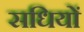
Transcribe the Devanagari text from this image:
सधियों